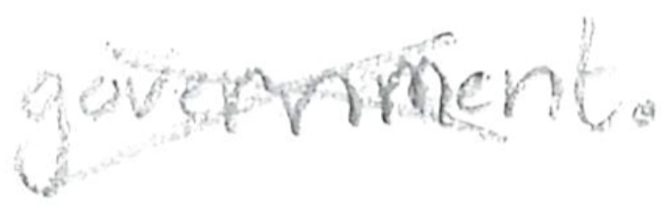
Text: government.
Cross-out: cross
Writing tool: pencil